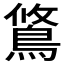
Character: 𫚿